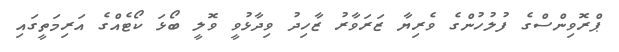
ޕްރޮވިންސްގެ ފުލުހުންގެ ވެރިޔާ ޒަރަވާރު ޒާހިދު ވިދާޅުވީ ވޮލީ ބޯޅަ ކޯޓެއްގެ އަރިމަތީގައި